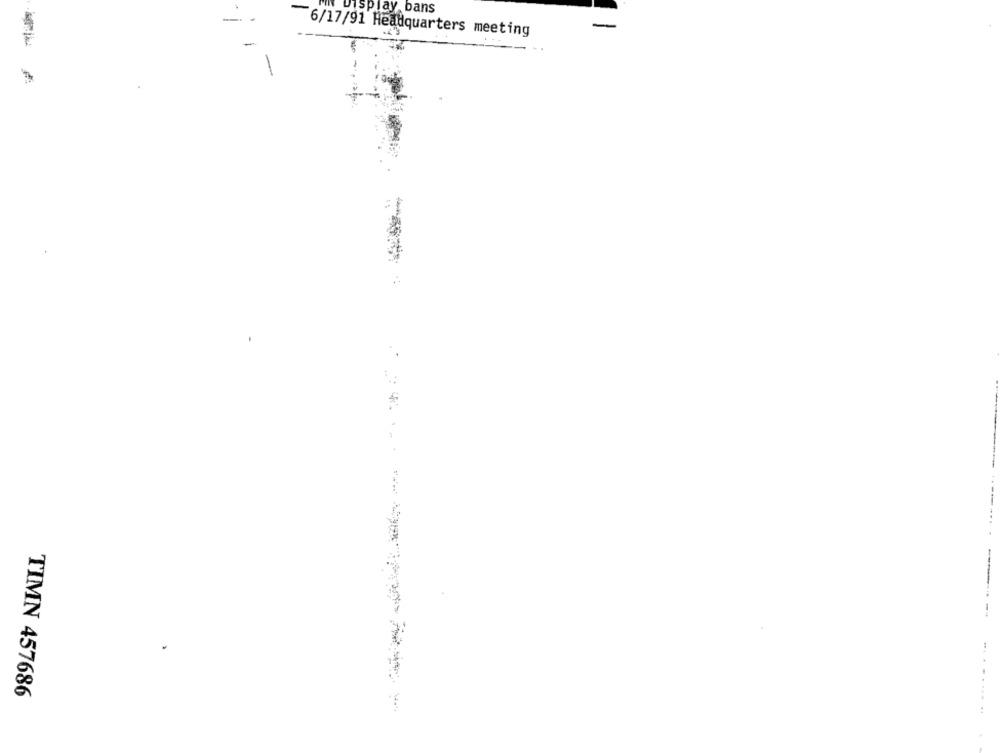
Display bans
-
-
6/17/91 Headquarters meeting
...
TIMN 457686
... ..........